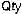
QTY